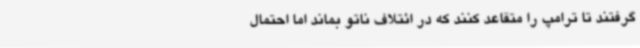
گرفتند تا ترامپ را متقاعد کنند که در ائتلاف ناتو بماند اما احتمال